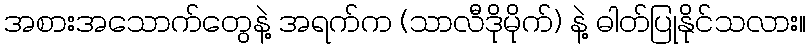
အစားအသောက်တွေနဲ့ အရက်က (သာလီဒိုမိုက်) နဲ့ ဓါတ်ပြုနိုင်သလား။